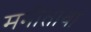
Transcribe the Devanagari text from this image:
मनीतोबा